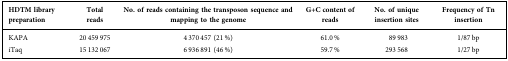
| HDTM library preparation | Total reads | No. of reads containing the transposon sequence and mapping to the genome | G+C content of reads | No. of unique insertion sites | Frequency of Tn insertion |
 | --- | --- | --- | --- | --- | --- |
 | KAPA | 20 459 975 | 4 370 457 (21 %) | 61.0 % | 89 983 | 1/87 bp |
 | iTaq | 15 132 067 | 6 936 891 (46 %) | 59.7 % | 293 568 | 1/27 bp |